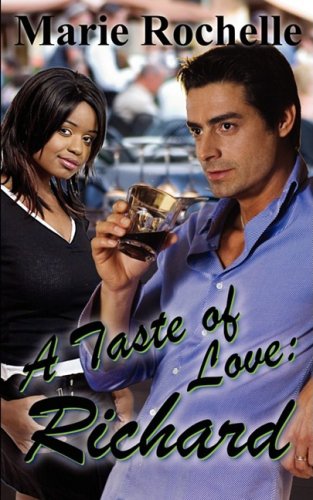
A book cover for A Taste of Love: Richard; Marie Rochelle; Romance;